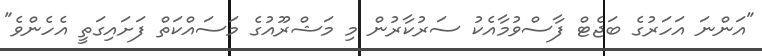
"އަންނަ އަހަރުގެ ބަޖެޓް ފާސްވުމާއެކު ސަރުކާރުން މި މަޝްރޫއުގެ މަސައްކަތް ފަށައިގަތީ އެހެންވެ"